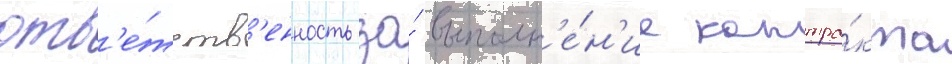
отв'е́тств'енность за́ выполн'е́н'ие контра́кта